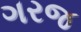
ગરજ